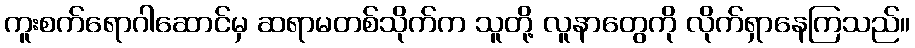
ကူးစက်ရောဂါဆောင်မှ ဆရာမတစ်သိုက်က သူတို့ လူနာတွေကို လိုက်ရှာနေကြသည်။